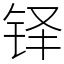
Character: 铎